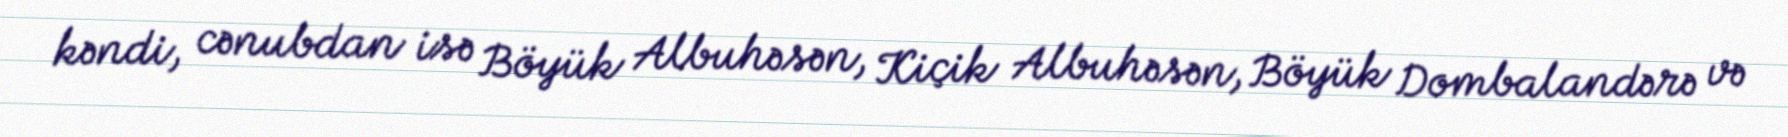
kəndi, cənubdan isə Böyük Albuhəsən, Kiçik Albuhəsən, Böyük Dombalandərə və